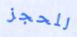
للحجز